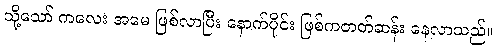
သို့သော် ကလေး အမေ ဖြစ်လာပြီး နောက်ပိုင်း ဖြစ်ကတတ်ဆန်း နေလာသည်။